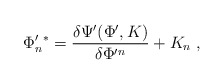
\begin{align*}\Phi'_n{}^*=\frac{\delta\Psi'(\Phi',K)}{\delta\Phi'{}^n}+K_n\;,\end{align*}